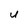
Character: u